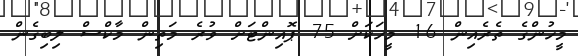
މީހުންގެ ތެރެއިން 16 މީހަކަށް 75 ޕޮއިންޓަށް ވުރެ މަތިން މާކްސް ލިބިގެން